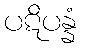
ပဋိပန္နံ